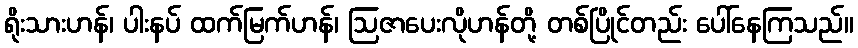
ရိုးသားဟန်၊ ပါးနပ် ထက်မြက်ဟန်၊ ဩဇာပေးလိုဟန်တို့ တစ်ပြိုင်တည်း ပေါ်နေကြသည်။